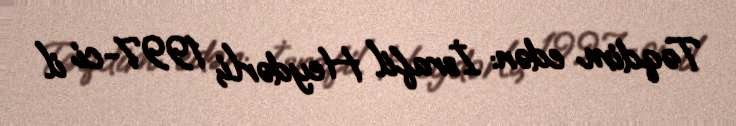
Təqdim edən: İsrafil Heydərli, 1997-ci il